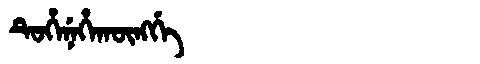
Manchu: ᡨᡠᡥᡝᠨᡝᡥᠠᡴᡡᠩᡤᡝ
Romanization: TUHENEHAKŪNGGE